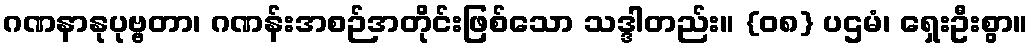
ဂဏနာနုပုဗ္ဗတာ၊ ဂဏန်းအစဉ်အတိုင်းဖြစ်သော သဒ္ဒါတည်း။ {၀၈} ပဌမံ၊ ရှေးဦးစွာ။